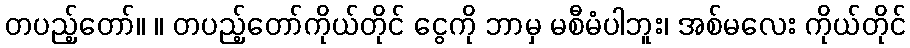
တပည့်တော်။ ။ တပည့်တော်ကိုယ်တိုင် ငွေကို ဘာမှ မစီမံပါဘူး၊ အစ်မလေး ကိုယ်တိုင်